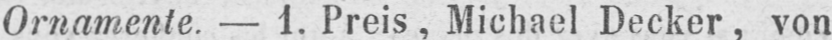
Ornamente. - 1. Preis, Michael Decker, von